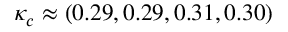
\kappa _ { c } \approx ( 0 . 2 9 , 0 . 2 9 , 0 . 3 1 , 0 . 3 0 )